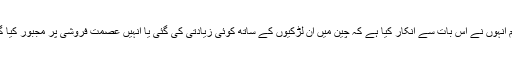
تاہم انہوں نے اس بات سے انکار کیا ہے کہ چین میں ان لڑکیوں کے ساتھ کوئی زیادتی کی گئی یا انہیں عصمت فروشی پر مجبور کیا گیا۔